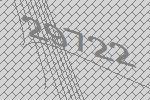
29722